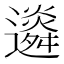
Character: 䢯